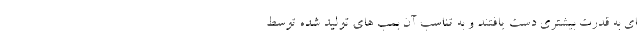
ای به قدرت بیشتری دست یافتند و به تناسب آن بمب های تولید شده توسط